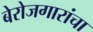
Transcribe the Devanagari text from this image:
बेरोजगारांचा